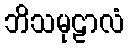
ဘိသမုဠာလံ